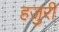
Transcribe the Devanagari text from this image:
हजुरी